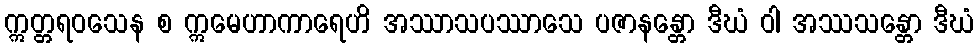
ဣတ္တရဝသေန စ ဣမေဟာကာရေဟိ အဿာသပဿာသေ ပဇာနန္တော ဒီဃံ ဝါ အဿသန္တော ဒီဃံ